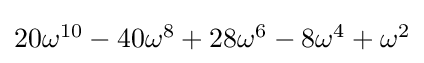
{\textstyle 20\omega ^{10}-40\omega ^{8}+28\omega ^{6}-8\omega ^{4}+\omega ^{2}}